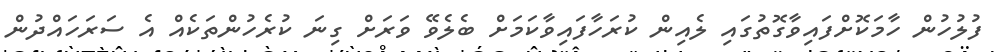
ފުލުހުން ހާމަކޮށްފައިވާގޮތުގައި ލެއިން ކުރަހާފައިވާކަމަށް ބެލެވޭ ވަރަށް ގިނަ ކުރެހުންތަކެއް އެ ސަރަހައްދުން